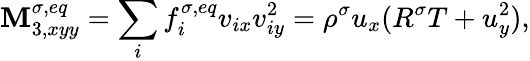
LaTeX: \mathbf{M}_{3,xyy}^{\sigma,eq}=\sum_{i}f_{i}^{\sigma,eq}v_{ix}v_{iy}^{2}=\rho^{\sigma}u_{x}(R^{\sigma}T+u_{y}^{2}),